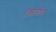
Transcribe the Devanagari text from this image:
दिस्लोचतिंग